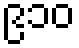
၉၁၀